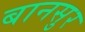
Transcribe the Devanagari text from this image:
बानसुर